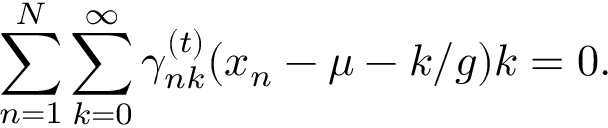
\sum _ { n = 1 } ^ { N } \sum _ { k = 0 } ^ { \infty } \gamma _ { n k } ^ { ( t ) } ( x _ { n } - \mu - k / g ) k = 0 .